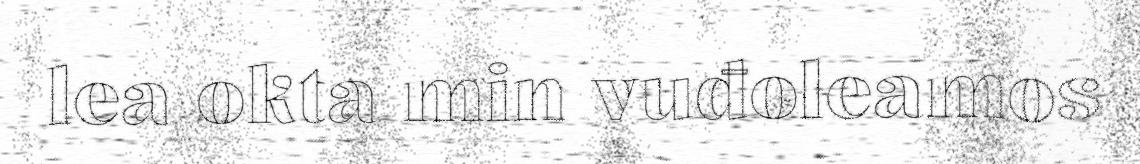
lea okta min vuđoleamos